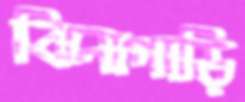
ঝিনাগাড়ি